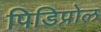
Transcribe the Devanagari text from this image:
पिडिप्रोल